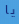
يا